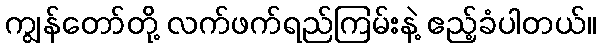
ကျွန်တော်တို့ လက်ဖက်ရည်ကြမ်းနဲ့ ဧည့်ခံပါတယ်။